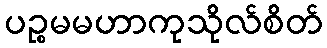
ပဉ္စမမဟာကုသိုလ်စိတ်